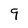
Character: 9